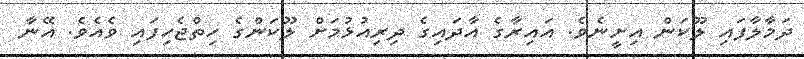
ދަމާލާފައި ލޫކަން އިށީނެވެ. އައިރާގެ އާދައިގެ ދިރިއުޅުމަށް ލޫކަންގެ ހިތްޖެހިފައި ވެއެވެ. އޭނާ